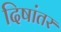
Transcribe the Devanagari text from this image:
दिषांतर